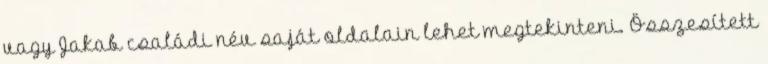
vagy Jakab családi név saját oldalain lehet megtekinteni. Összesített